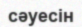
сәуесін